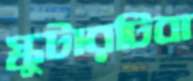
স্কুটারটিবা